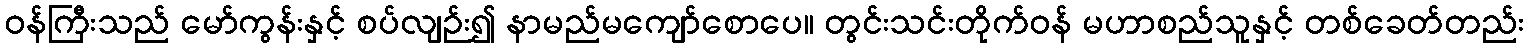
ဝန်ကြီးသည် မော်ကွန်းနှင့် စပ်လျဉ်း၍ နာမည်မကျော်စောပေ။ တွင်းသင်းတိုက်ဝန် မဟာစည်သူနှင့် တစ်ခေတ်တည်း